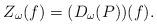
LaTeX: \begin{align*}Z_\omega(f)=(D_\omega(P))(f).\end{align*}